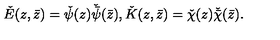
\check { E } ( z , \bar { z } ) = \check { \psi } ( z ) \check { \bar { \psi } } ( \bar { z } ) , \check { K } ( z , \bar { z } ) = \check { \chi } ( z ) \check { \bar { \chi } } ( \bar { z } ) .